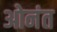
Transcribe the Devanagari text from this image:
ओनंत